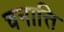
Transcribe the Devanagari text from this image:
चनात्ति